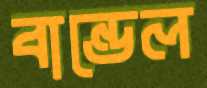
বান্ডেল